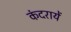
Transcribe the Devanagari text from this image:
कंदरायें